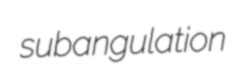
subangulation